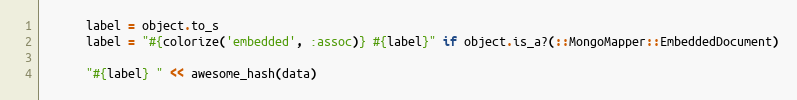
Language: Ruby
      label = object.to_s
      label = "#{colorize('embedded', :assoc)} #{label}" if object.is_a?(::MongoMapper::EmbeddedDocument)

      "#{label} " << awesome_hash(data)